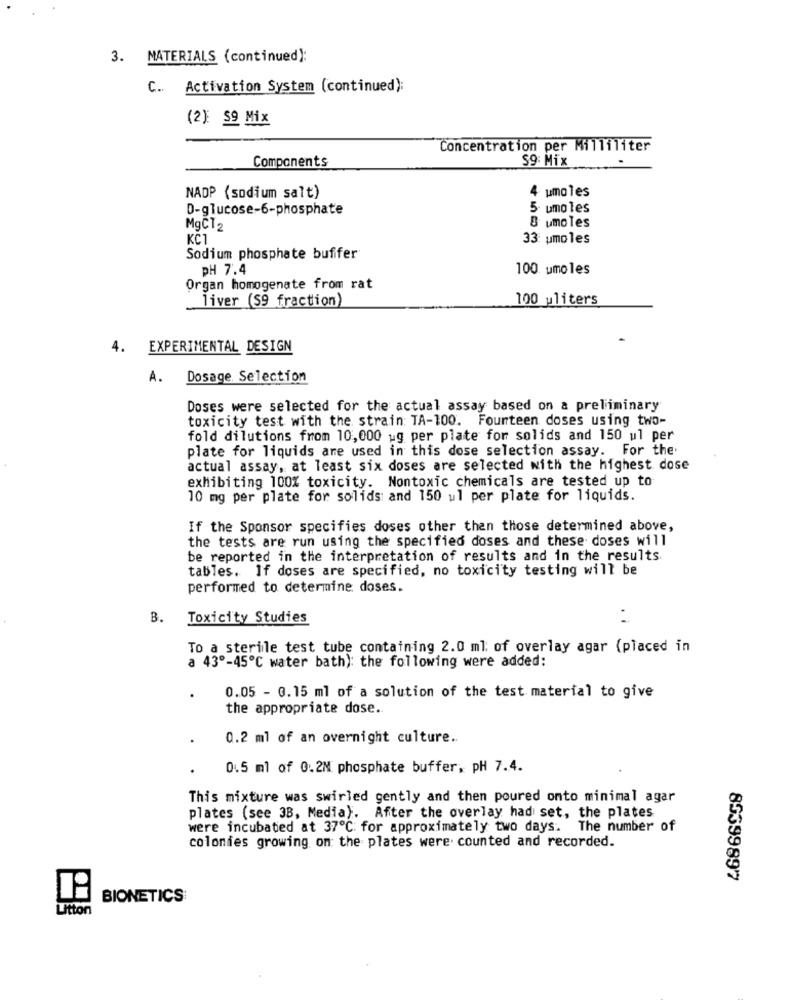
3. MATERIALS (continued):
C. Activation System (continued):
(2): 59 Mix
Concentration per Milliliter
Components
S9: Mix
.
4 umales
NADP (sodium salt)
D-glucose-6-phosphate
5- umo les
8 umoles
MgC12
KC1
33 umoles
Sodium phosphate buffer
PH 7.4
100 umoles
Organ homogenate from rat
liver (S9 fraction)
100 uliters
4.
EXPERIMENTAL DESIGN
A.
Dosage Selection
Doses were selected for the actual assay based on a preliminary
toxicity test with the strain TA-100. Fourteen doses using two-
fold dilutions from 10,000 ug per plate for solids and 150 ul per
plate for liquids are used in this dose selection assay. For the'
actual assay, at least six doses are selected with the highest dose
exhibiting 100% toxicity. Nontoxic chemicals are tested up to
10 mg per plate for solids and 150 ul per plate for liquids.
If the Sponsor specifies doses other than those determined above,
the tests are run using the specified doses and these doses will
be reported in the interpretation of results and in the results.
tables. If doses are specified, no toxicity testing will be
performed to determine doses.
B.
Toxicity Studies
To a sterile test tube containing 2.0 ml of overlay agar (placed in
a 43º-45℃ water bath): the following were added:
0.05 - 0.15 ml of a solution of the test material to give
the appropriate dose ..
0.2 ml of an overnight culture ..
0.5 ml of 0.2M phosphate buffer, pH 7.4.
This mixture was swirled gently and then poured onto minimal agar
plates (see 38, Media). After the overlay had set, the plates
were incubated at 37℃ for approximately two days. The number of
colonies growing on the plates were counted and recorded.
85399897
BIONETICS
Litton